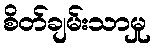
စိတ်ချမ်းသာမှု